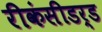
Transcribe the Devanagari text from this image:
रीकंसीडर्ड